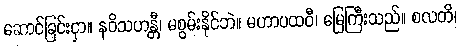
ဆောင်ခြင်းငှာ။ နဝိသဟန္တီ၊ မစွမ်းနိုင်ဘဲ။ မဟာပထဝီ၊ မြေကြီးသည်။ စလတိ၊